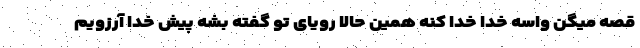
قصه میگن واسه خدا خدا کنه همین حالا رویای تو گفته بشه پیش خدا آرزویم